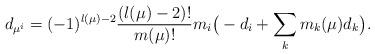
LaTeX: \begin{align*}d_{\mu^i}=(-1)^{l(\mu)-2}\frac{(l(\mu)-2)!}{m(\mu)!}m_i\big(-d_i+\sum_km_{k}(\mu)d_k\big).\end{align*}